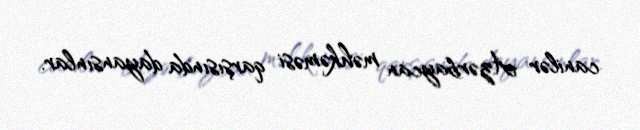
canilər Azərbaycan məhkəməsi qarşısında dayansınlar.